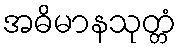
အဓိမာနသုတ္တံ